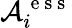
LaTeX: \mathcal{A}_{i}^{\mathrm{~e~s~s~}}